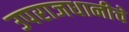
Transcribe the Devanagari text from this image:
उपराजधानीचे